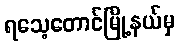
ရသေ့တောင်မြို့နယ်မှ